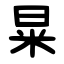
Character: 㫧